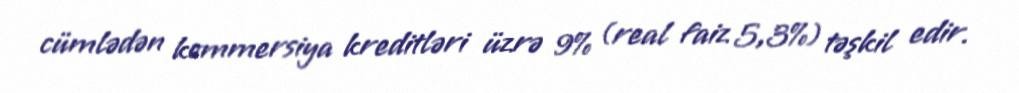
cümlədən kommersiya kreditləri üzrə 9% (real faiz 5,3%) təşkil edir.